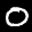
Label: 0